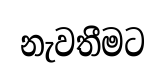
නැවතීමට